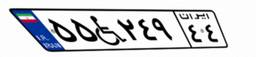
۵۵W۲۴۹۴۴